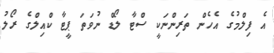
އެ ފިލްމުގެ އެހެން ތަރިންނަކީ ސްޓާ ލޯޑް ނުވަތަ ޕީޓާ ކްއިލްގެ ރޯލު